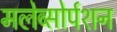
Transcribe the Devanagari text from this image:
मलेब्सोर्पशन